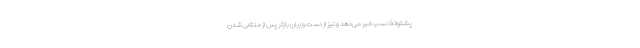
پشتوانۀ نسَب خبر می‌دهد و نیز از دست و زبانِ بازتر پس از منتفی شدن